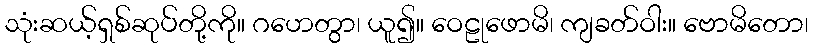
သုံးဆယ့်ရှစ်ဆုပ်တို့ကို။ ဂဟေတွာ၊ ယူ၍။ ဝေဠုဖောမိ၊ ကျခတ်ဝါး။ ဗောမိတော၊